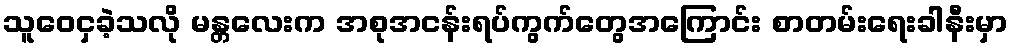
သူဝေငှခဲ့သလို မန္တလေးက အစုအငန်းရပ်ကွက်တွေအကြောင်း စာတမ်းရေးခါနီးမှာ